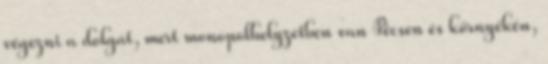
végezni a dolgát, mert monopolhelyzetben van Pécsen és környékén,